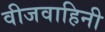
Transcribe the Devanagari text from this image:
वीजवाहिनी